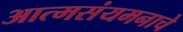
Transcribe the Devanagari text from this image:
आत्मसंयमनाचे